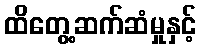
ထိတွေ့ဆက်ဆံမှုနှင့်